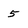
Character: 5